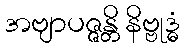
အဗျာပဇ္ဇန္တိ နိဗ္ဗုဒ္ဓံ